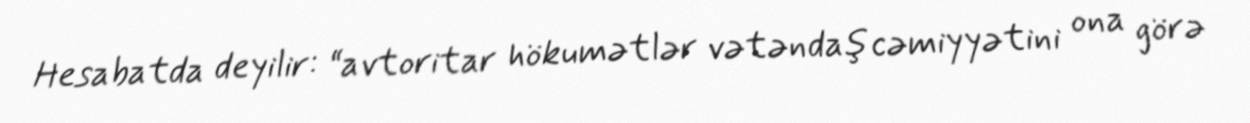
Hesabatda deyilir: “avtoritar hökumətlər vətəndaş cəmiyyətini ona görə